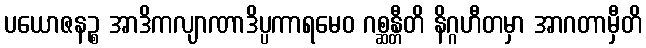
ပယောဇနဉ္စ အာဒိကလျာဏာဒိပ္ပကာရမေဝ ဂစ္ဆန္တီတိ နိဂ္ဂဟီတမှာ အာဂတာမှီတိ